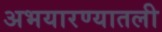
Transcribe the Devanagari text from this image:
अभयारण्यातली